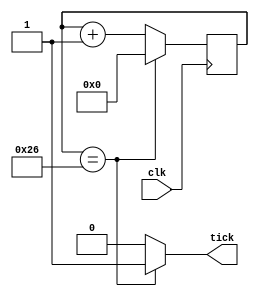
module RateGenerator(
    input wire clk,
    output wire tick
);
//conexoes//
reg [38:0] r_reg;
wire [38:0] r_next;

initial
begin
    r_reg <= 0;
end
//body
always @(posedge clk)
    r_reg <= r_next;

// next-state logic
assign r_next = (r_reg == 38)? 0 : r_reg + 1;
//output logic
//assign q = r_reg;
assign tick = (r_reg == 38) ? 1'b1 : 1'b0;
endmodule